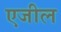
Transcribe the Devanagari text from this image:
एजील